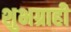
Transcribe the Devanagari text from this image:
शुभग्राही